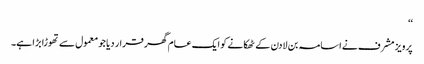
‘‘
پرویز مشرف نے اسامہ بن لادن کے ٹھکانے کو ایک عام گھر قرار دیا جو معمول سے تھوڑا بڑا ہے۔